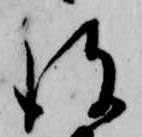
彼